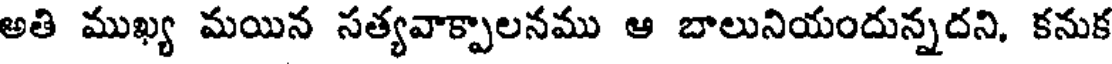
అతి ముఖ్య మయిన సత్యవాక్పాలనము ఆ బాలునియందున్నదని, కనుక